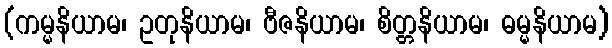
(ကမ္မနိယာမ၊ ဥတုနိယာမ၊ ဗီဇနိယာမ၊ စိတ္တနိယာမ၊ ဓမ္မနိယာမ)